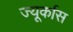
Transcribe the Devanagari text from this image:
ज्यूर्कास